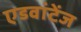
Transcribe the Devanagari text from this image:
एडवांटेंज